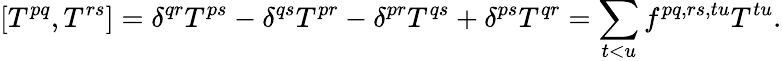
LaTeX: [T^{pq},T^{rs}]=\delta^{qr}T^{ps}-\delta^{qs}T^{pr}-\delta^{pr}T^{qs}+\delta^{ps}T^{qr}=\sum_{t<u}f^{pq,rs,tu}T^{tu}.